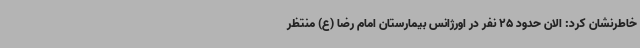
خاطرنشان کرد: الان حدود 25 نفر در اورژانس بیمارستان امام رضا (ع) منتظر